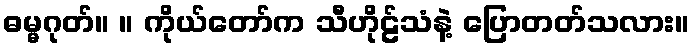
ဓမ္မဂုတ်။ ။ ကိုယ်တော်က သီဟိုဠ်သံနဲ့ ပြောတတ်သလား။